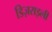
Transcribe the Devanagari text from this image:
डिज़राइली